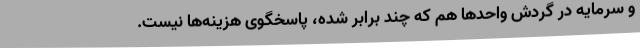
و سرمایه در گردش واحدها هم که چند برابر شده، پاسخگوی هزینه‌ها نیست.